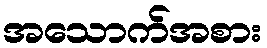
အသောက်အစား